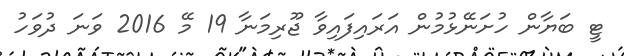
ޓީ ބަޔާން ހުށަނޭޅުމުން އަރައިފައިވާ ޖޫރިމަނާ 19 މޭ 2016 ވަނަ ދުވަހު